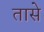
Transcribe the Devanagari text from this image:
तासे